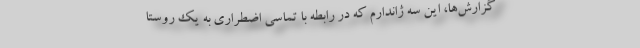
گزارش‌ها، این سه ژاندارم که در رابطه با تماسی اضطراری به یک روستا